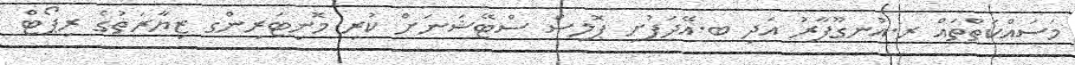
މަސައްކަތްތައް ރ.އުނގޫފާރު އަދި ބ.އޭދަފުށި ޕޮލިސް ސްޓޭޝަނަށް ކުރި މޮނިޓަރިންގ ޒިޔާރަތުގެ ރިޕޯޓް